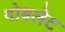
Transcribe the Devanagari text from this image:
गोबलेट